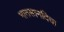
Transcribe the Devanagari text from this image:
भातसानदिचा